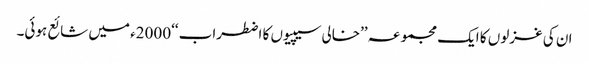
ان کی غزلوں کا ایک مجموعہ ’’خالی سیپیوں کا اضطراب ‘‘2000ء میں شائع ہوئی۔